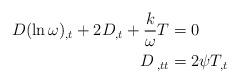
LaTeX: \begin{align*}D(\ln\omega)_{,t}+2D_{,t}+\frac{k}{\omega}T & =0\\D\,_{,tt} & =2\psi T_{,t} \end{align*}